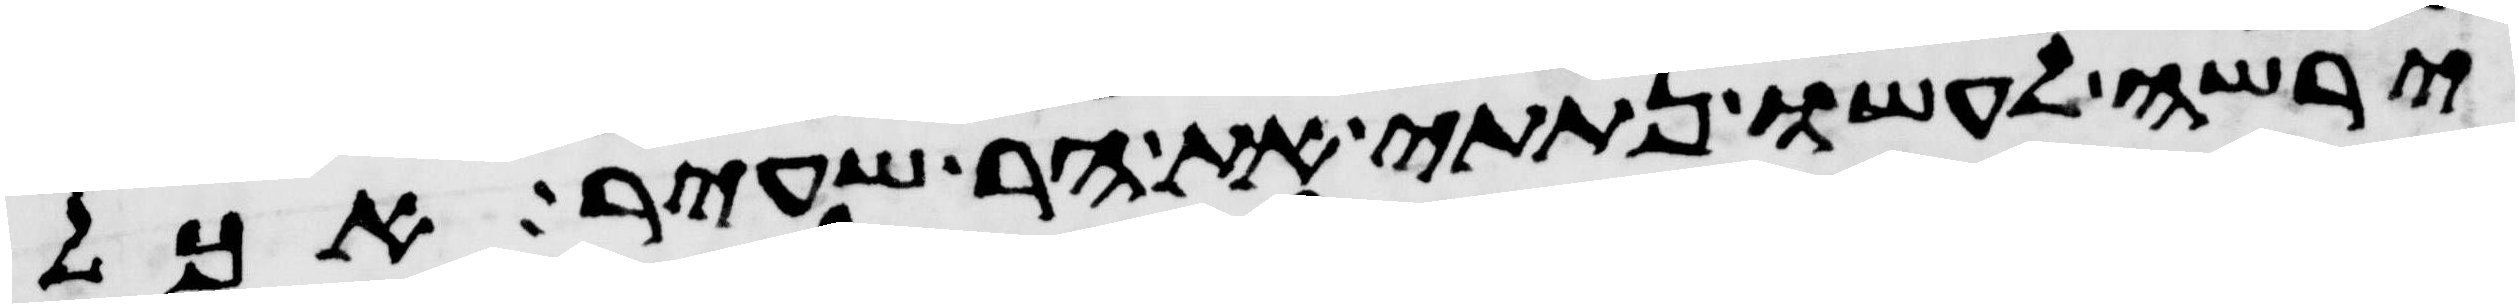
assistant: ירשה לעשו נתתי את הר שעיר אכל